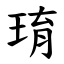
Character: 㻙